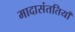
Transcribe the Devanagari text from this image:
मादासंततियाँ